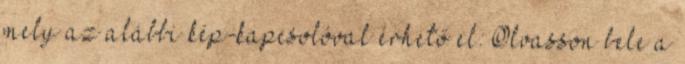
mely az alábbi kép-kapcsolóval érhető el: Olvasson bele a